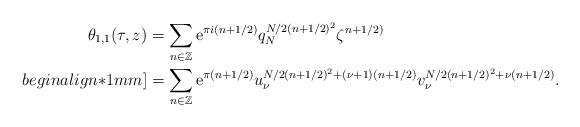
LaTeX: \begin{align*} \theta_{1,1}(\tau,z)&=\sum\limits_{n\in\mathbb{Z}}\mathrm{e}^{\pi i(n+1/2)}q_ {N}^{N/2(n+1/2)^{2}}\zeta^{n+1/2)} \\begin{align*}1mm] &=\sum\limits_{n\in\mathbb{Z}}\mathrm{e}^{\pi(n+1/2)}u_{\nu}^{N/2(n+1/2)^{2}+ (\nu+1)(n+1/2)}v_{\nu}^{N/2(n+1/2)^{2}+\nu(n+1/2)}. \end{align*}